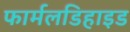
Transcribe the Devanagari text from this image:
फार्मलडिहाइड